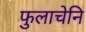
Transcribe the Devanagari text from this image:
फुलाचेनि